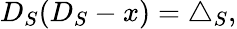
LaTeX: D_{S}(D_{S}-x)=\triangle_{S},